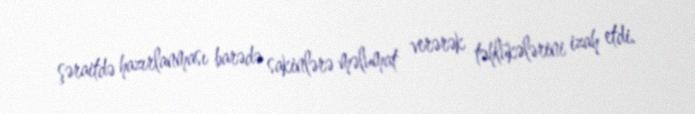
şəraitdə hazırlanması barədə sakinlərə məlumat verərək təhlükələrini izah etdi.